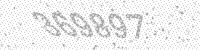
Solution: 369897